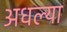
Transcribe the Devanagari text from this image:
अधल्या